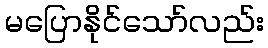
မပြောနိုင်သော်လည်း